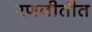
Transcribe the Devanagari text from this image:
रणनीतीत